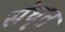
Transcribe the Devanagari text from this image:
संघृत